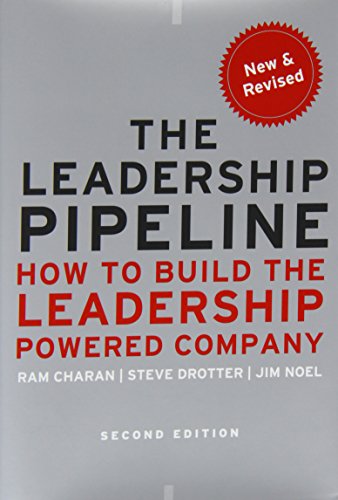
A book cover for The Leadership Pipeline: How to Build the Leadership Powered Company; Ram Charan; Business & Money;